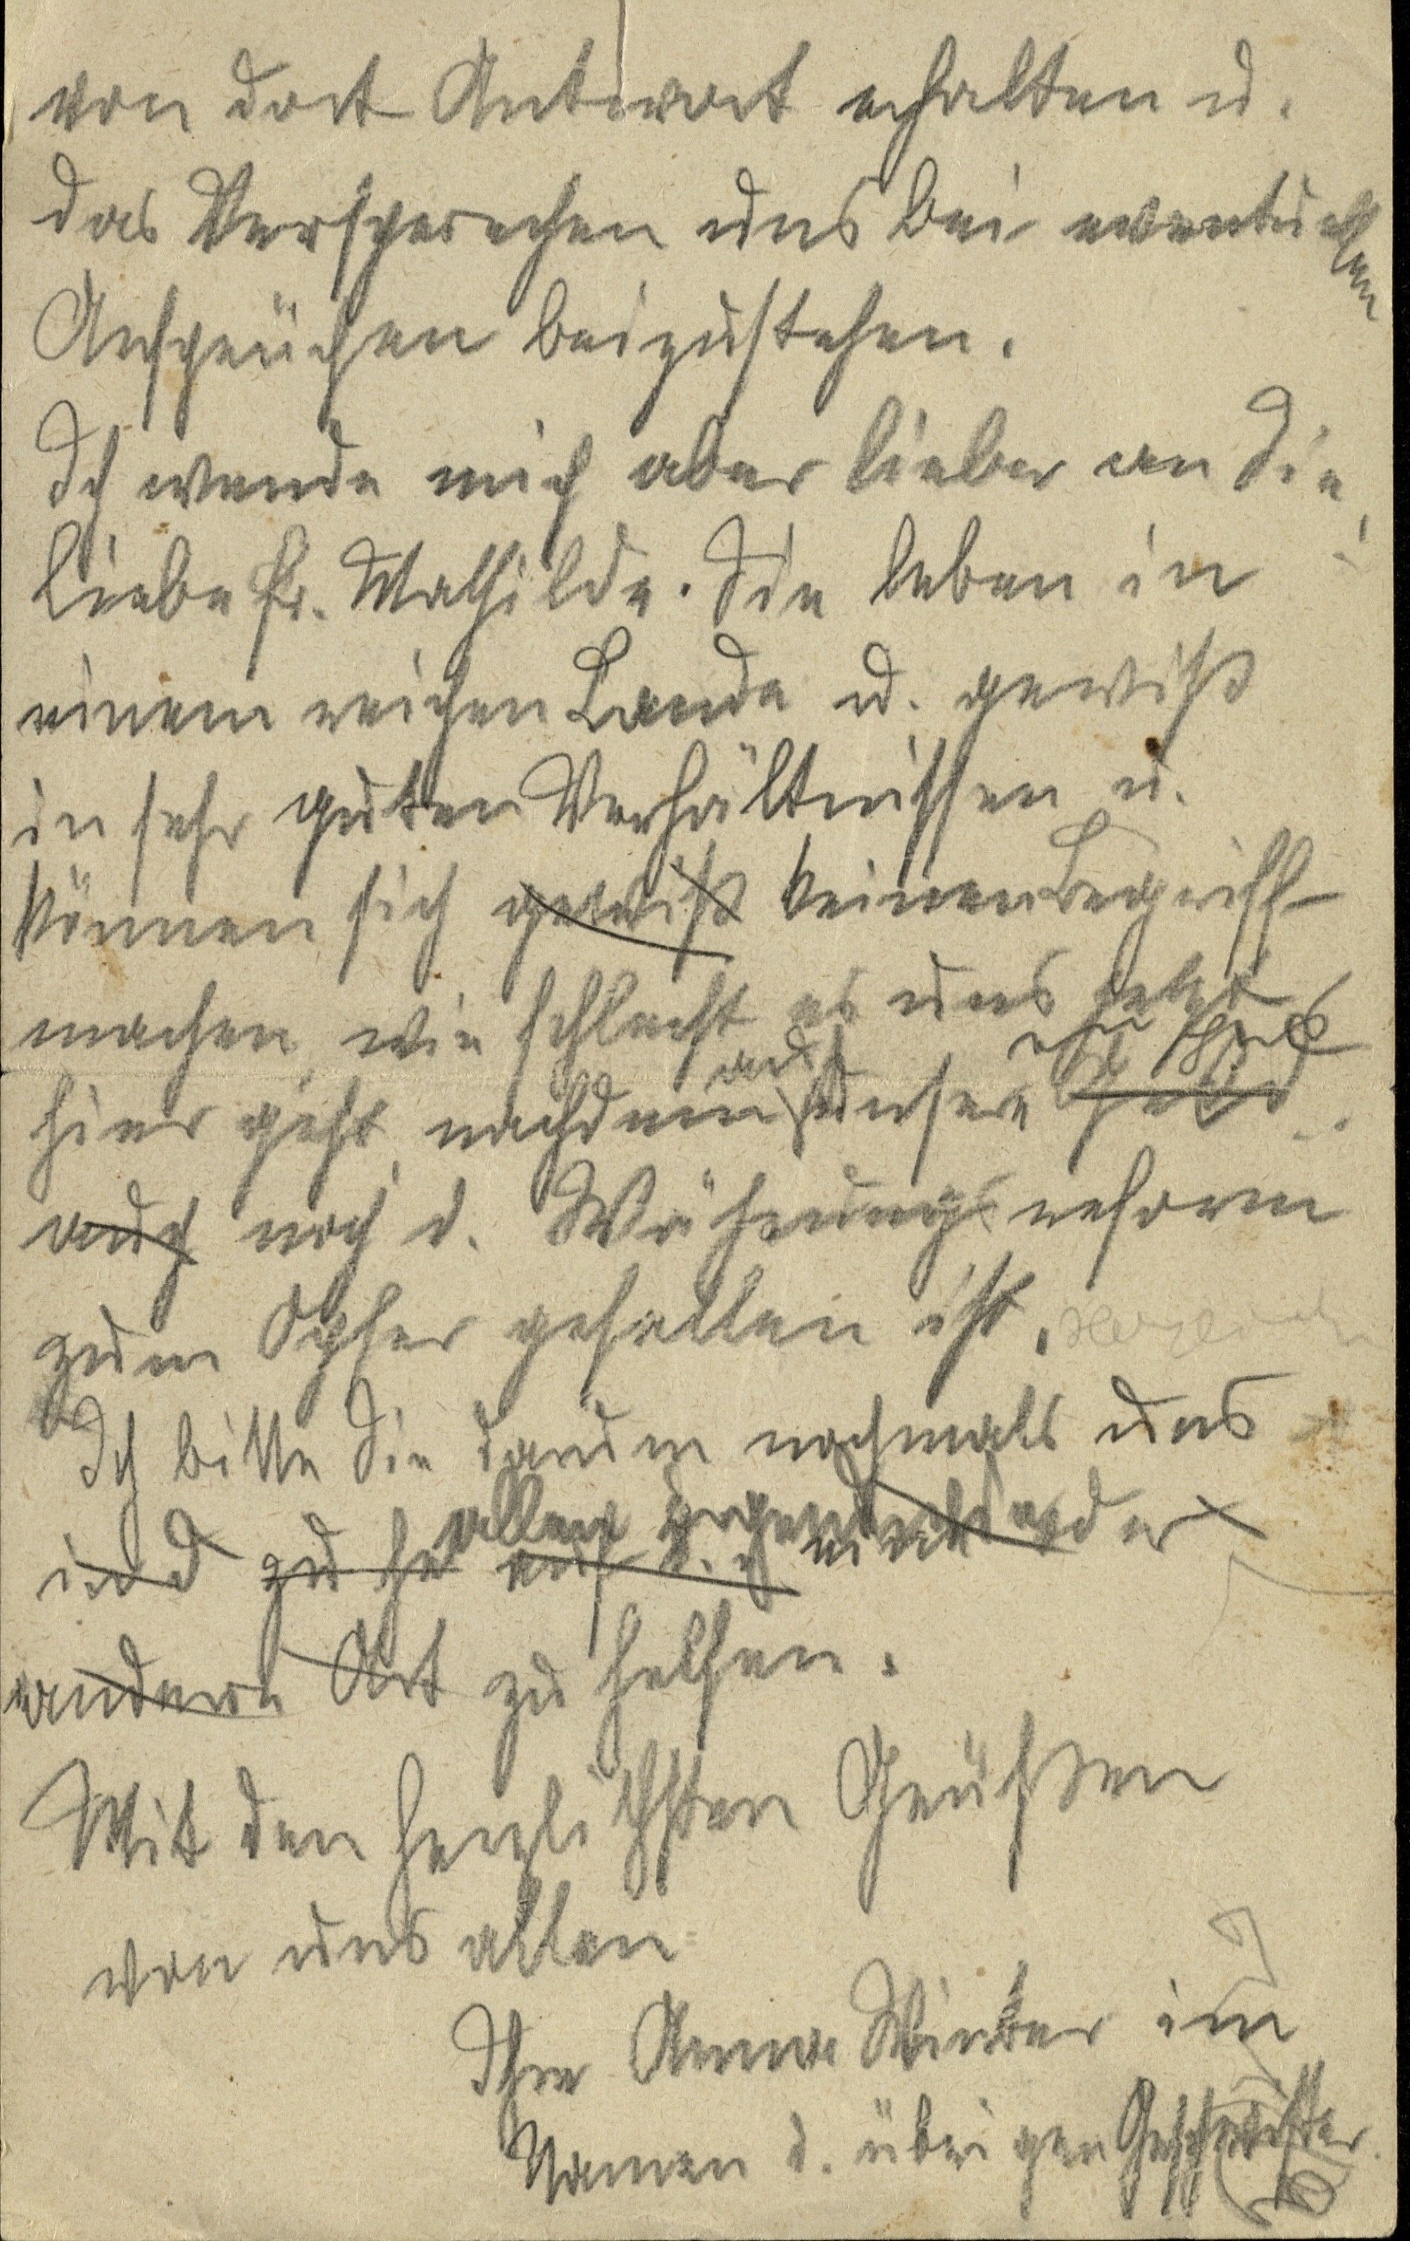
von dort Antwort erhalten u.
das Versprechen uns bei eventuellen
Ansprüchen beizustehen.
Ich wende mich aber lieber an die
liebe Fr. Mathilde. Sie leben in
einem reichen Lande u. gewiss
in sehr guten Verhältnissen u.
können sich gewiss keinen Begriff
machen wie schlecht es uns jetzt
hier geht, nachdem auch unser xxx Geld
auch noch d. Währungsreform
zum Opfer gefallen ist. Herzlichen
Ich bitte Sie darum nochmals uns
in d zu he allen auf [...] eine
andern Ort zu helfen.
Mit den herzlichsten Grüssen
von uns allen
Ihre Anna Winter im
Namen d. übrigen Geschwister.